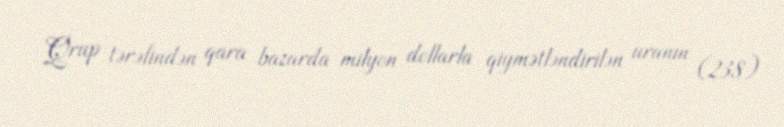
Qrup tərəfindən qara bazarda milyon dollarla qiymətləndirilən uranın (238)